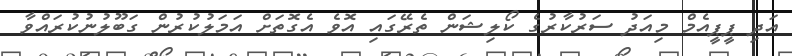
އަދި ޕީޕީއެމް މިއަދު ސަރުކާރުގެ ކޯލިޝަން ތެރޭގައި އޮވެ އެގޮތަށް އަމަލުކުރުން ގަބޫލުނުކުރައްވާ